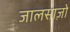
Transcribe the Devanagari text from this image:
जालसाज़ों